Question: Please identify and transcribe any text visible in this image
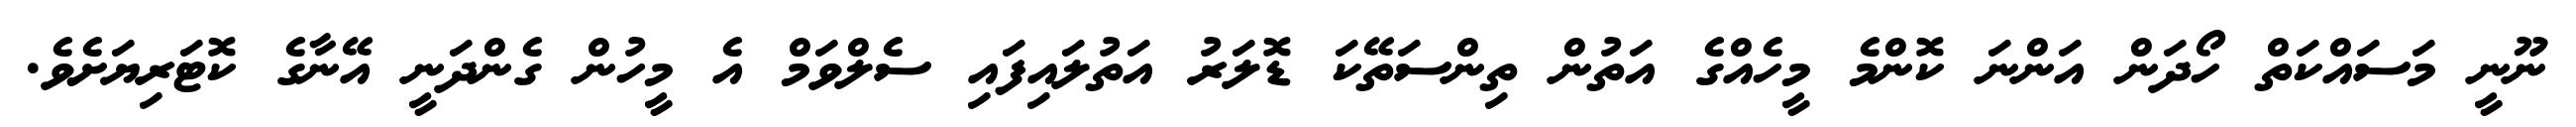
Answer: ނޫނީ މަސައްކަތް ހޯދަން އަންނަ ކޮންމެ މީހެއްގެ އަތުން ތިންސަތޭކަ ޑޮލަރު އަތުލައިފައި ސެލްވަމް އެ މީހުން ގެންދަނީ އޭނާގެ ކޮޓަރިޔަށެވެ.